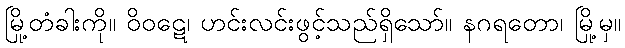
မြို့တံခါးကို။ ဝိဝဋေ၊ ဟင်းလင်းဖွင့်သည်ရှိသော်။ နဂရတော၊ မြို့မှ။